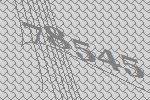
78545